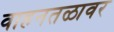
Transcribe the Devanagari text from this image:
वाहनतळावर